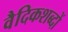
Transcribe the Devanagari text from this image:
वैदिकशब्दों